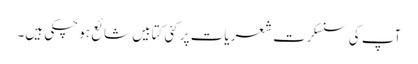
آپ کی سنسکرت شعریات پر کئی کتابیں شائع ہو چکی ہیں۔